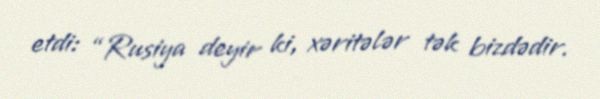
etdi: “Rusiya deyir ki, xəritələr tək bizdədir.